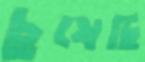
চুষেছি